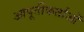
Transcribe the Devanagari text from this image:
आपूर्तीकर्ताओं